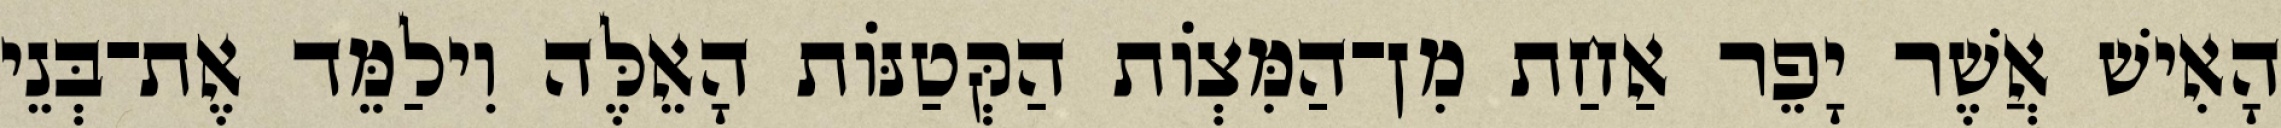
הָאִישׁ אֲשֶׁר יָפֵר אַחַת מִן־הַמִּצְוֹת הַקְּטַנּוֹת הָאֵלֶּה וִילַמֵּד אֶת־בְּנֵי